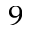
_ 9